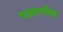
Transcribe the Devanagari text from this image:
पलटणीस